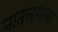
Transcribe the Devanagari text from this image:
नातलगांचा